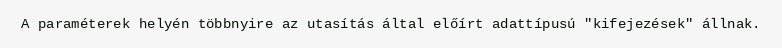
A paraméterek helyén többnyire az utasítás által előírt adattípusú "kifejezések" állnak.